Burma Government Medical School reports 1907-22
Year: 1907
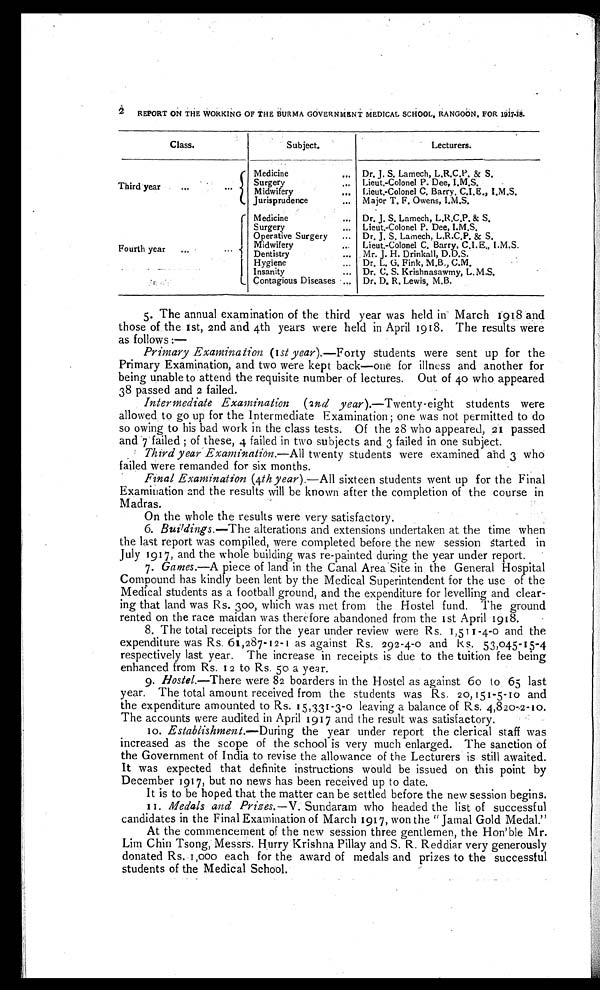
2 REPORT ON THE WORKING OF THE BURMA GOVERNMENT MEDICAL SCHOOL, RANGOON, FOR 1917-18.
Class.
Subject.
Lecturers.
Third year
...
Medicine
... Dr. J. S. Lamech, L.R.C.P. & S.
Surgery ...
Lieut.-Colonel P. Dee, I.M.S.
Midwifery
... Lieut.-Colonel C. Barry, C.I.E., I.M.S.
Jurisprudence
... Major T. F. Owens, I.M.S.
F o u r t h y e a r . . . .
Medicine
... Dr. J. S. Lamech, L.R.C.P. & S.
Surgery
... Lieut.-Colonel P. Dee, I.M.S.
Operative Surgery ...
Dr. J. S. Lamech, L,R.C.P. & S.
Midwifery
... Lieut.-Colonel C. Barry, C.I.E., I.M.S.
Dentistry
... Mr. J. H. Drinkall, D.D.S.
Hygiene
... Dr. L. G. Fink, M.B., C.M.
Insanity
... Dr. C. S. Krishnasawmy, L.M.S.
Contagious Diseases ... Dr. D. R. Lewis, M.B.
5. The annual examination of the third year was held in March 1918 and
those of the 1st, 2nd and 4th years were held in April 1918. The results were
as follows:—
Primary Examination (1st year). —Forty students were sent up for the
Primary Examination, and two were kept back—one for illness and another for
being unable to attend the requisite number of lectures. Out of 40 who appeared
38 passed and 2 failed.
Intermediate Examination (2nd year).—Twenty-eight students were
allowed. to go up for the Intermediate Examination ; one was not permitted to do
so owing to his bad work in the class tests. Of the 28 who appeared, 21 passed
and 7 failed of these, 4 failed in two subjects and 3 failed in one subject.
Third year Examination. —All twenty students were examined and 3 who
failed were remanded for six months.
Final Examination (4th year). —All sixteen students went up for the Final
Examination and the results will be known after the completion of the course in
Madras.
On the whole the results were very satisfactory.
6. Buildings. —The alterations and extensions undertaken at the time when
the last report was compiled, were completed before the new session Started in
July 1917, and the whole building was re-painted during the year under report.
7. Games. —A piece of land in the Canal Area Site in the General Hospital
Compound has kindly been lent by the Medical Superintendent for the use of the
Medical students as a football ground, and the expenditure for levelling and clear
- i n g t h a t l a n d w a s R s . 3 0 0 , w h i c h w a s m e t f r o m t h e H o s t e l f u n d . T h e g r o u n d
rented on the race maidan was therefore abandoned from the 1st April 1918.
8. The total receipts for the year under review were Rs. 1,511-4-0 and the
expenditure was Rs. 61,287-12-1 as against Rs. 292-4-0 and Rs. 53,045-15-4
respectively last year. The increase in receipts is due to the tuition fee being
enhanced from Rs. 12 to Rs. 50 a year.
9. Hostel. —There were 82 boarders in the Hostel as against 60 to 65 last
year. The total amount received from the students was Rs. 20, 151-5-10 and
the expenditure amounted to Rs. 15,331-3-0 leaving a balance of Rs. .4,820-2-10.
The accounts were audited in April 1917 and the result was satisfactory.
10. Establishment. —During the year under report the clerical staff was
increased as the scope of the school is very much enlarged. The sanction of
the Government of India to revise the allowance of the Lecturers is still awaited.
It was expected that definite instructions would be issued on this point by
December 1917, but no news has been received up to date.
It is to be hoped that the matter can be settled before the new session begins.
11. Medals and Prizes. —V. Sundaram who headed the list of successful
candidates in the Final Examination of March 1917, won the “ Jamal Gold Medal.”
At the commencement of the new session three gentlemen, the Hon’ble Mr.
Lim Chin Tsong, Messrs. Hurry Krishna Pillay and S.R. Reddiar very generously
donated Rs. 1,000 each for the award of medals and prizes to the successful
students of the Medical School.